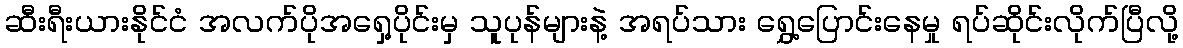
ဆီးရီးယားနိုင်ငံ အလက်ပိုအရှေ့ပိုင်းမှ သူပုန်များနဲ့ အရပ်သား ရွှေ့ပြောင်းနေမှု ရပ်ဆိုင်းလိုက်ပြီလို့